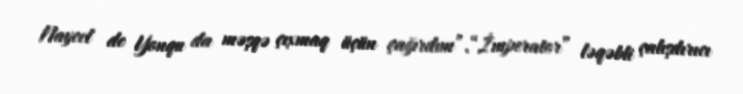
Naycel de Yonqu da məşqə çıxmaq üçün çağırdım”.“İmperator” ləqəbli çalışdırıcı